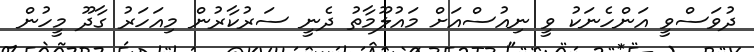
ދުވަސްވީ އަންހެނަކު ވީ ނިއުސްއަށް މައުލޫމާތު ދެނީ ސަރުކާރުން މިއަހަރު ގާދޫ މީހުން